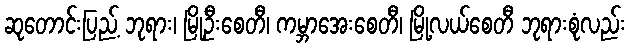
ဆုတောင်းပြည့် ဘုရား၊ မြို့ဦးစေတီ၊ ကမ္ဘာအေးစေတီ၊ မြို့လယ်စေတီ ဘုရားစုံလည်း